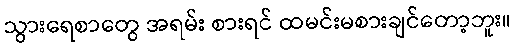
သွားရေစာတွေ အရမ်း စားရင် ထမင်းမစားချင်တော့ဘူး။